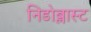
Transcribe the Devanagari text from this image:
निडोब्लास्ट